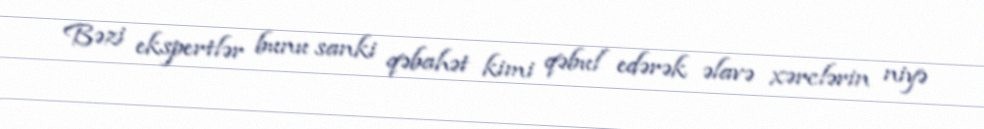
Bəzi ekspertlər bunu sanki qəbahət kimi qəbul edərək əlavə xərclərin niyə